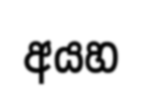
අයහ